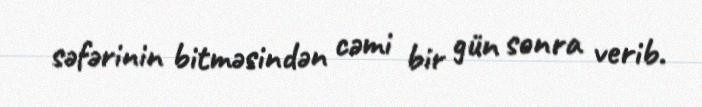
səfərinin bitməsindən cəmi bir gün sonra verib.